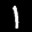
Label: 1